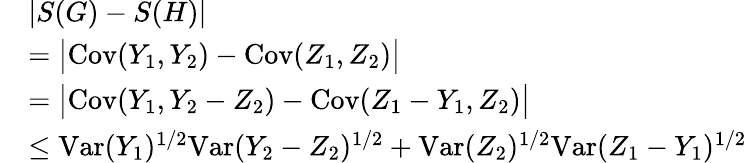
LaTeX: \begin{array}{rl}&{|S(G)-S(H)|}\\ &{=\big|\mathrm{Cov}(Y_{1},Y_{2})-\mathrm{Cov}(Z_{1},Z_{2})\big|}\\ &{=\big|\mathrm{Cov}(Y_{1},Y_{2}-Z_{2})-\mathrm{Cov}(Z_{1}-Y_{1},Z_{2})\big|}\\ &{\leq\mathrm{Var}(Y_{1})^{1/2}\mathrm{Var}(Y_{2}-Z_{2})^{1/2}+\mathrm{Var}(Z_{2})^{1/2}\mathrm{Var}(Z_{1}-Y_{1})^{1/2}}\end{array}